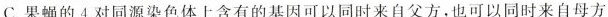
C.果蝇的4对同源染色体上含有的基因可以同时来自父方，也可以同时来自母方